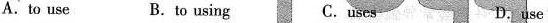
A.to use B.to using C.uses D.use